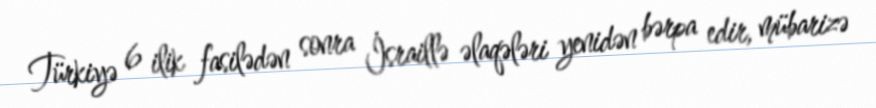
Türkiyə 6 ilik fasilədən sonra İsraillə əlaqələri yenidən bərpa edir, mübarizə